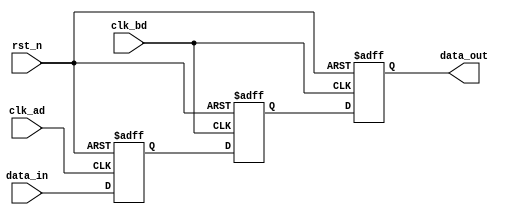
module two_dff_sync
(
output data_out,
input clk_ad,			// clock in A domain
input clk_bd,			// clock in B domain
input rst_n,
input data_in
);


reg qa;
reg qb_1;
reg qb_2;


assign data_out = qb_2;

always@(posedge clk_ad or negedge rst_n) begin
	if(~rst_n) qa <= 1'b0;
	else qa <= data_in;
end

always@(posedge clk_bd or negedge rst_n) begin
	if(~rst_n) qb_1 <= 1'b0;
	else qb_1 <= qa;
end

always@(posedge clk_bd or negedge rst_n) begin
	if(~rst_n) qb_2 <= 1'b0;
	else qb_2 <= qb_1;
end


endmodule